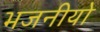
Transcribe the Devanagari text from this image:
भजनीयो